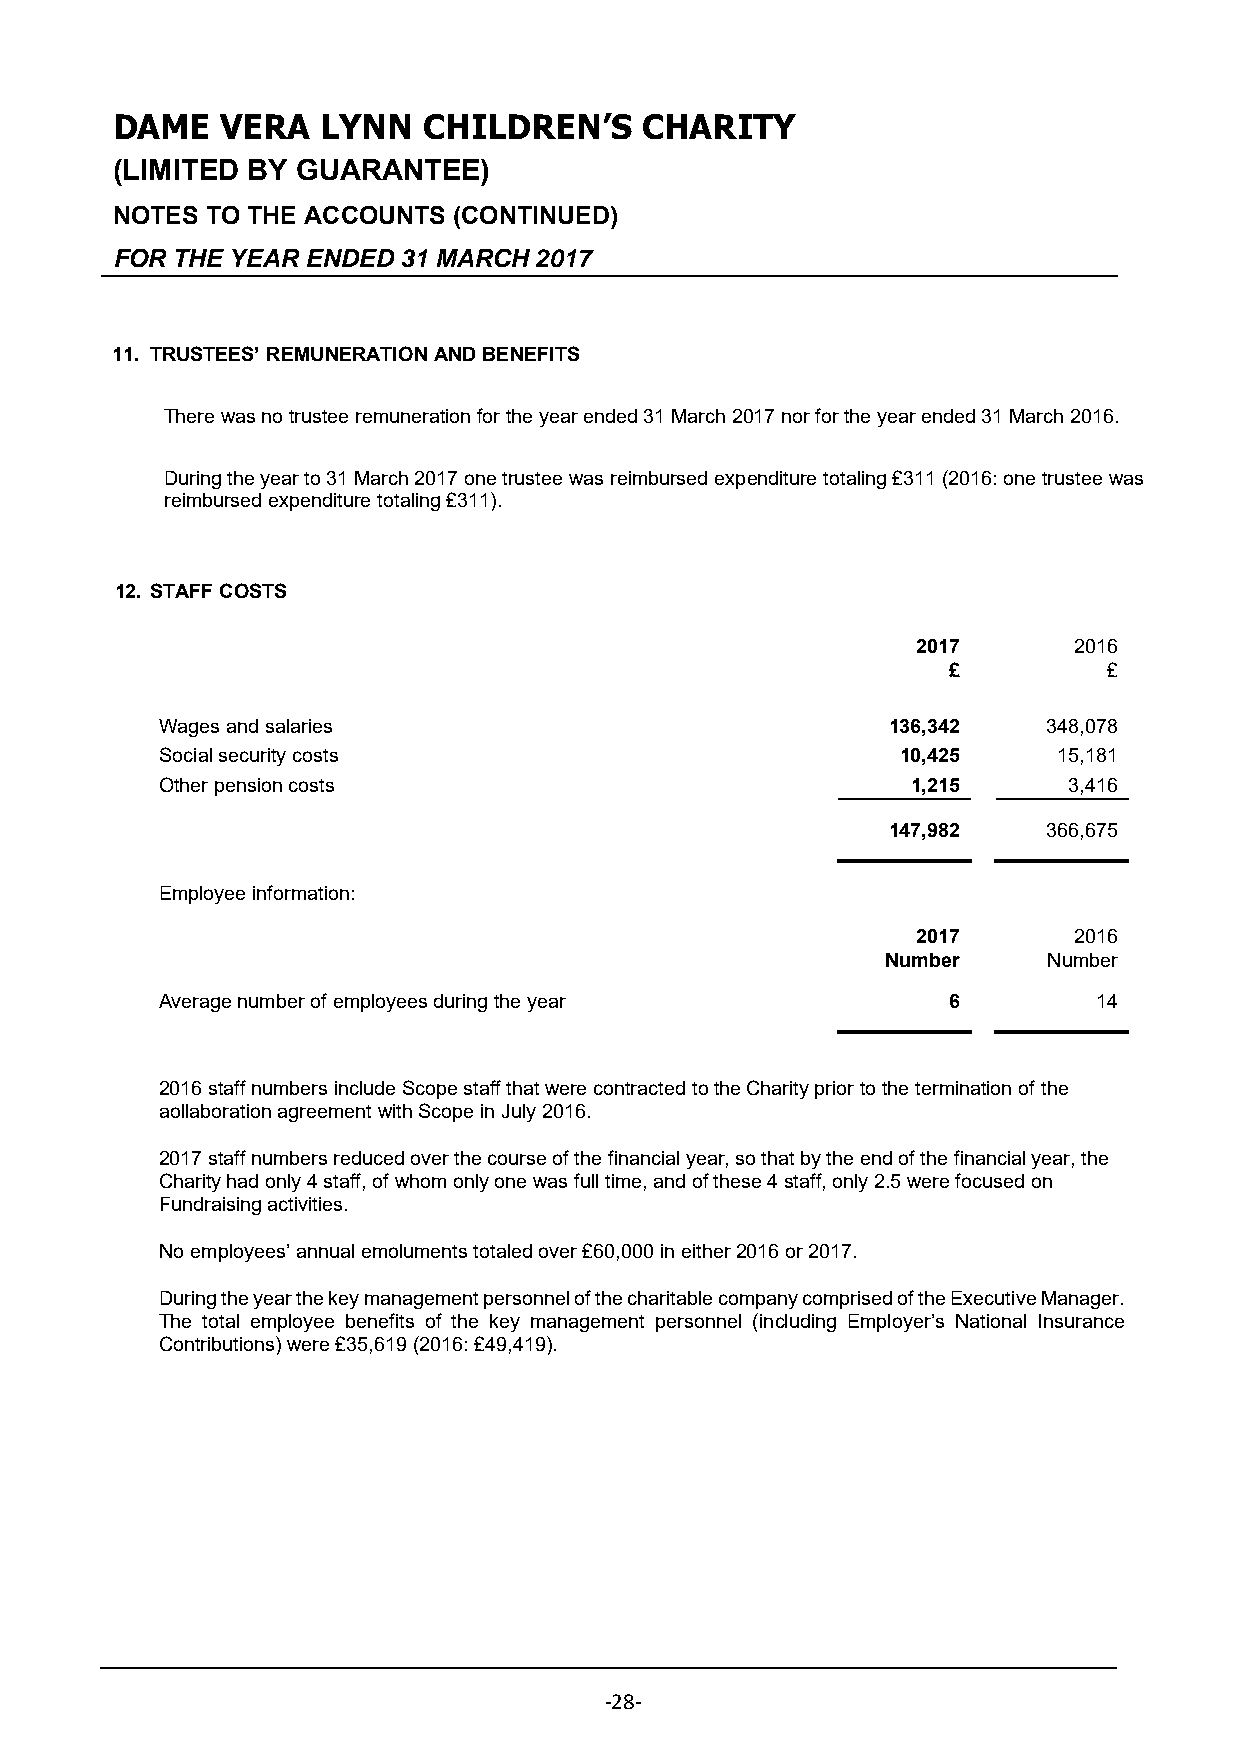
DAME    VERA  LYNN   CHILDREN’S    CHARITY
 (LIMITED BY  GUARANTEE)
 NOTES  TO THE ACCOUNTS (CONTINUED)
 FOR THE YEAR ENDED 31 MARCH 2017
 11. TRUSTEES’ REMUNERATION AND BENEFITS
 There was no trustee remuneration for the year ended 31 March 2017 nor for the year ended 31 March 2016.
 During the year to 31 March 2017 one trustee was reimbursed expenditure totaling £311 (2016: one trustee was
 reimbursed expenditure totaling £311).
 12. STAFF COSTS
 2017      2016
 £         £
 Wages and salaries                              136,342   348,078
 Social security costs                            10,425    15,181
 Other pension costs                              1,215      3,416
 147,982   366,675
 Employee information:
 2017      2016
 Number    Number
 Average number of employees during the year         6        14
 2016 staff numbers include Scope staff that were contracted to the Charity prior to the termination of the
 aollaboration agreement with Scope in July 2016.
 2017 staff numbers reduced over the course of the financial year, so that by the end of the financial year, the
 Charity had only 4 staff, of whom only one was full time, and of these 4 staff, only 2.5 were focused on
 Fundraising activities.
 No employees’ annual emoluments totaled over £60,000 in either 2016 or 2017.
 During the year the key management personnel of the charitable company comprised of the Executive Manager.
 The total employee benefits of the key management personnel (including Employer’s National Insurance
 Contributions) were £35,619 (2016: £49,419).
 ‐28‐